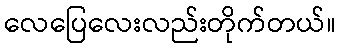
လေပြေလေးလည်းတိုက်တယ်။